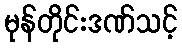
မုန်တိုင်းဒဏ်သင့်